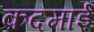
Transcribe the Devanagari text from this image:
कदमाई